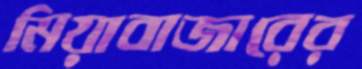
মিয়াবাজারের